Leningradi_Edasi_toimetus, lk 3
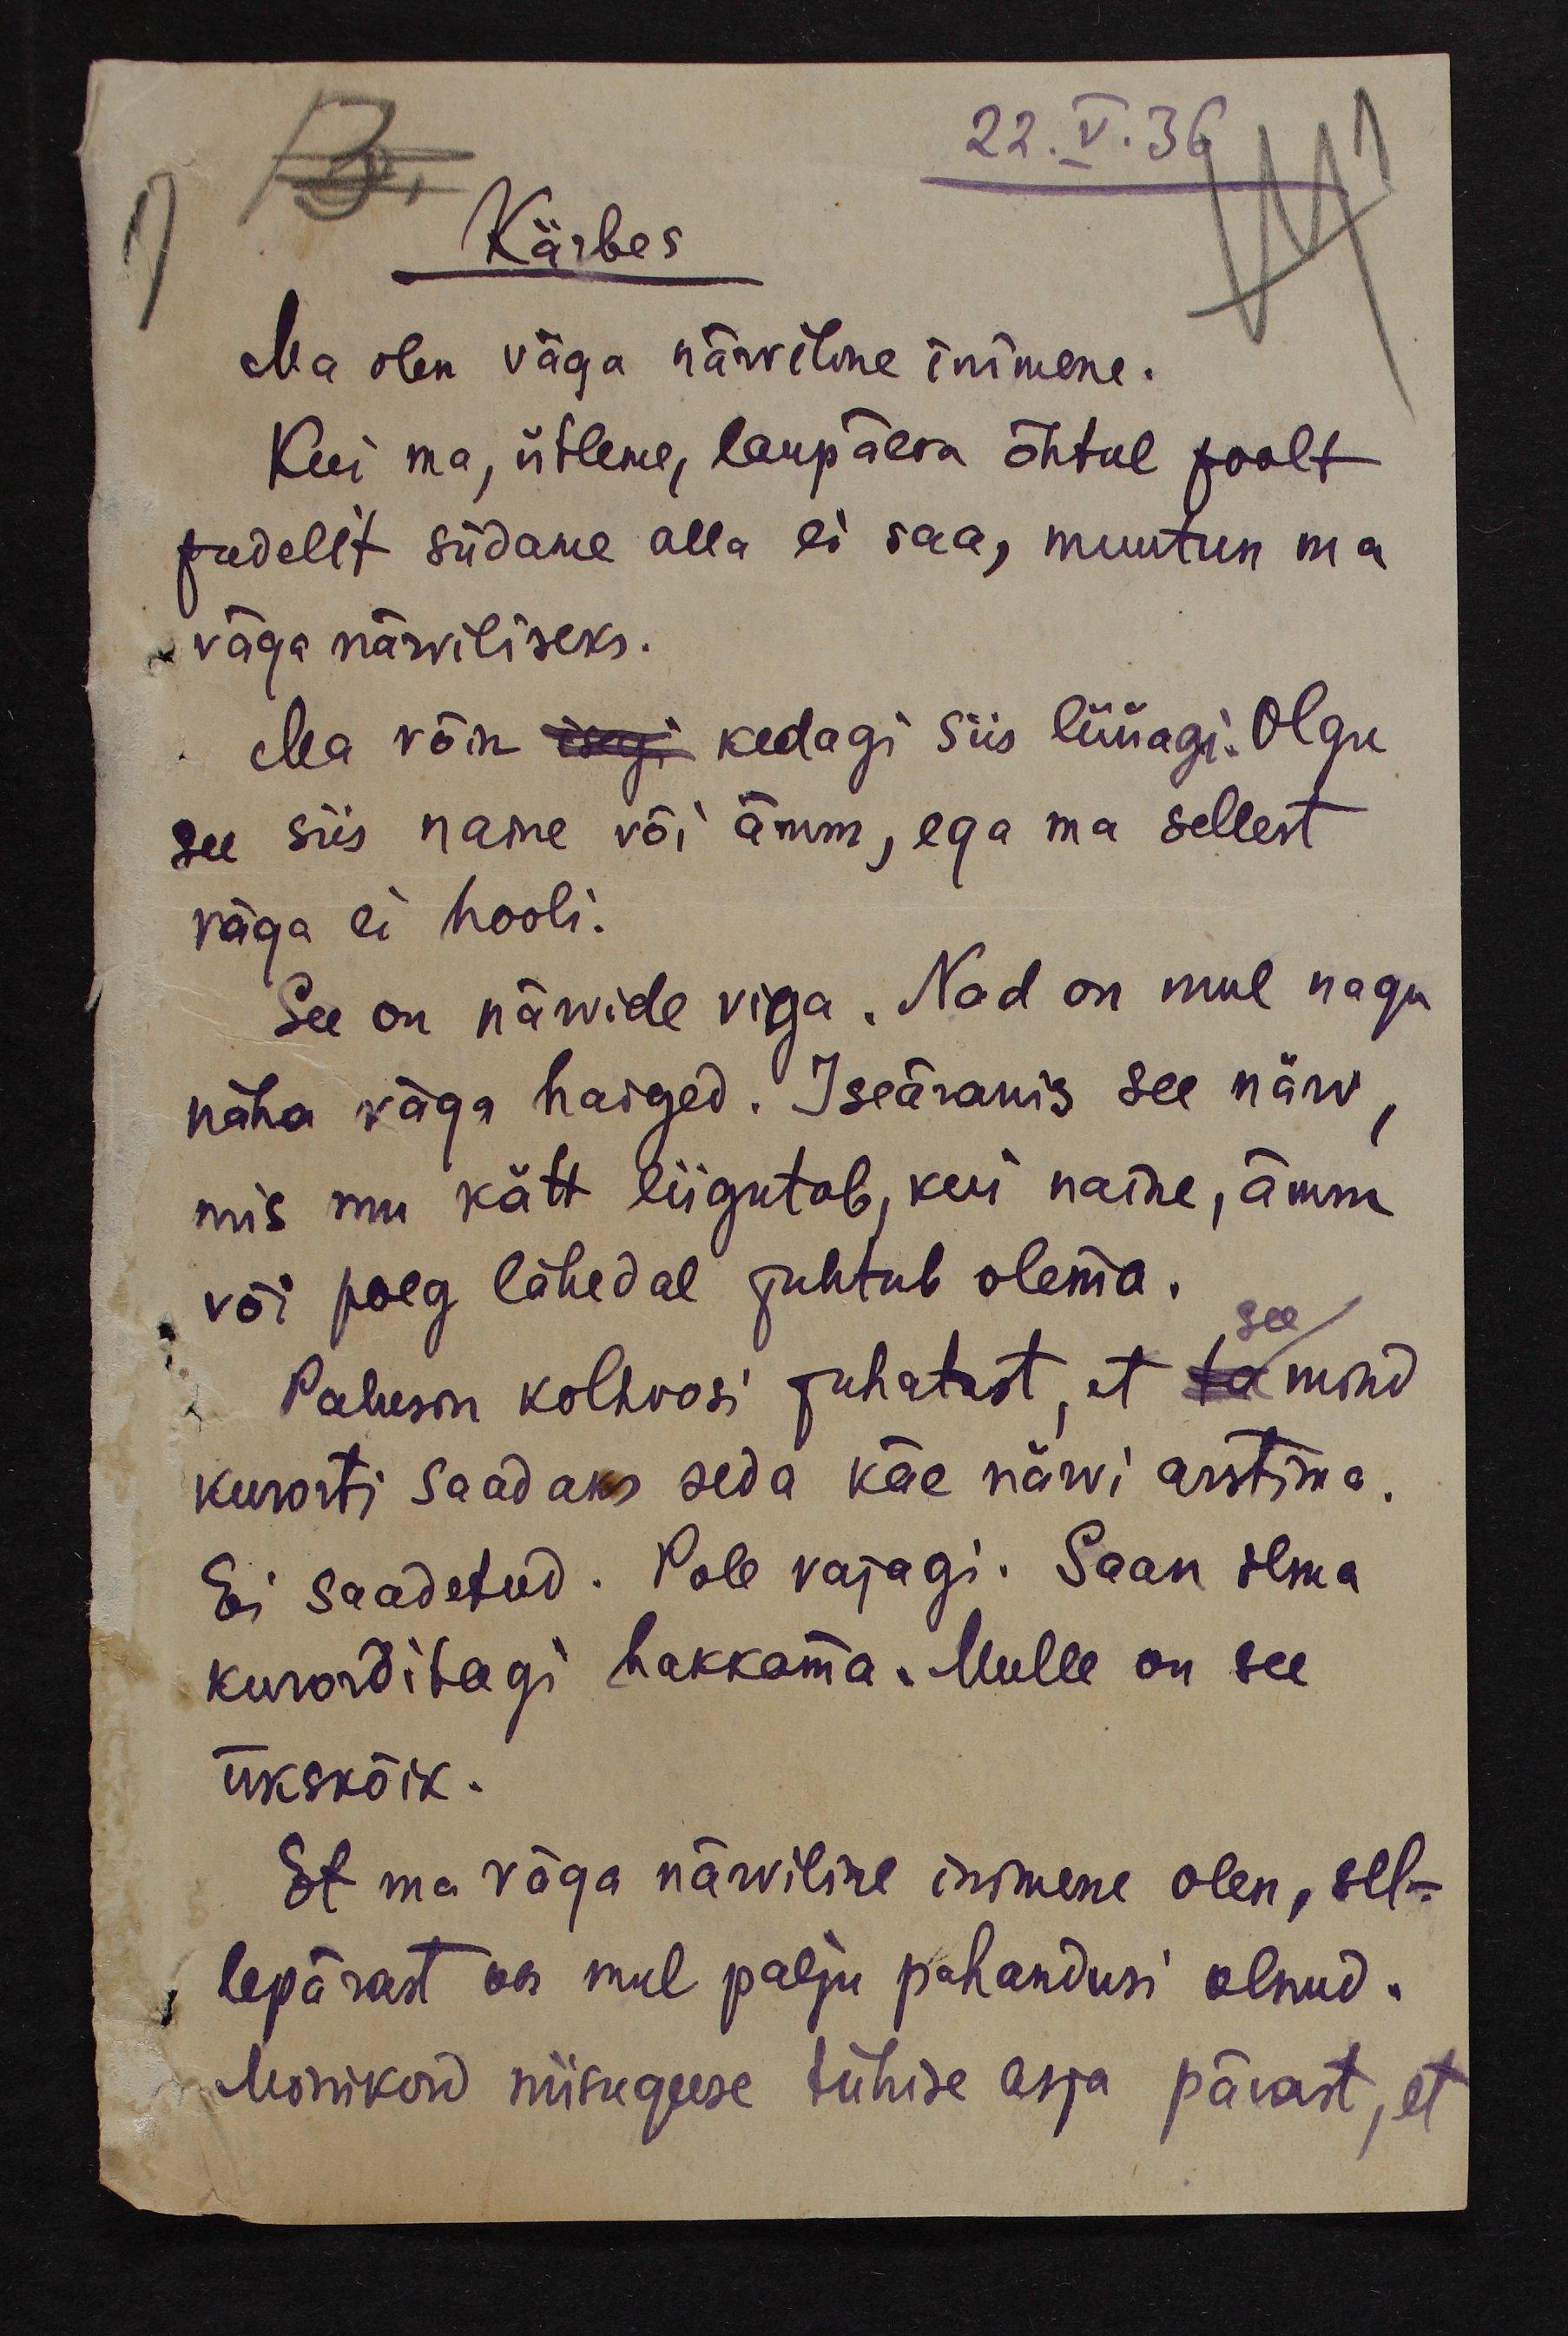
22.V.36
Kärbes
3.
Ma olen väga närviline inimene.
Kui ma, ütleme, laupäeva õhtul poolt
pudelit südame alla ei saa, muutun ma
väga närviliseks.
Ma võin isegi kedagi siis lüüagi. Olgu
see siis naine või ämm, ega ma sellest
väga ei hooli.
See on närvide viga. Nad on mul nagu
näha väga haiged. Iseäranis see närv,
mis mu kätt liigutab, kui naine, ämm
või poeg lähedal juhtub olema.
See
Palusin kolhoosi juhatust, et ta mind
kurorti saadaks seda käe närvi arstima.
Ei saadetud. Pole vajagi. Saan ilma
kurorditagi. Mulle on see
ükskõik.
Et ma väga närviline inimene olen, sel-
lepärast on mul palju pahandusi olnud.
Mõnikord niisuguse tühise asja pärast, et